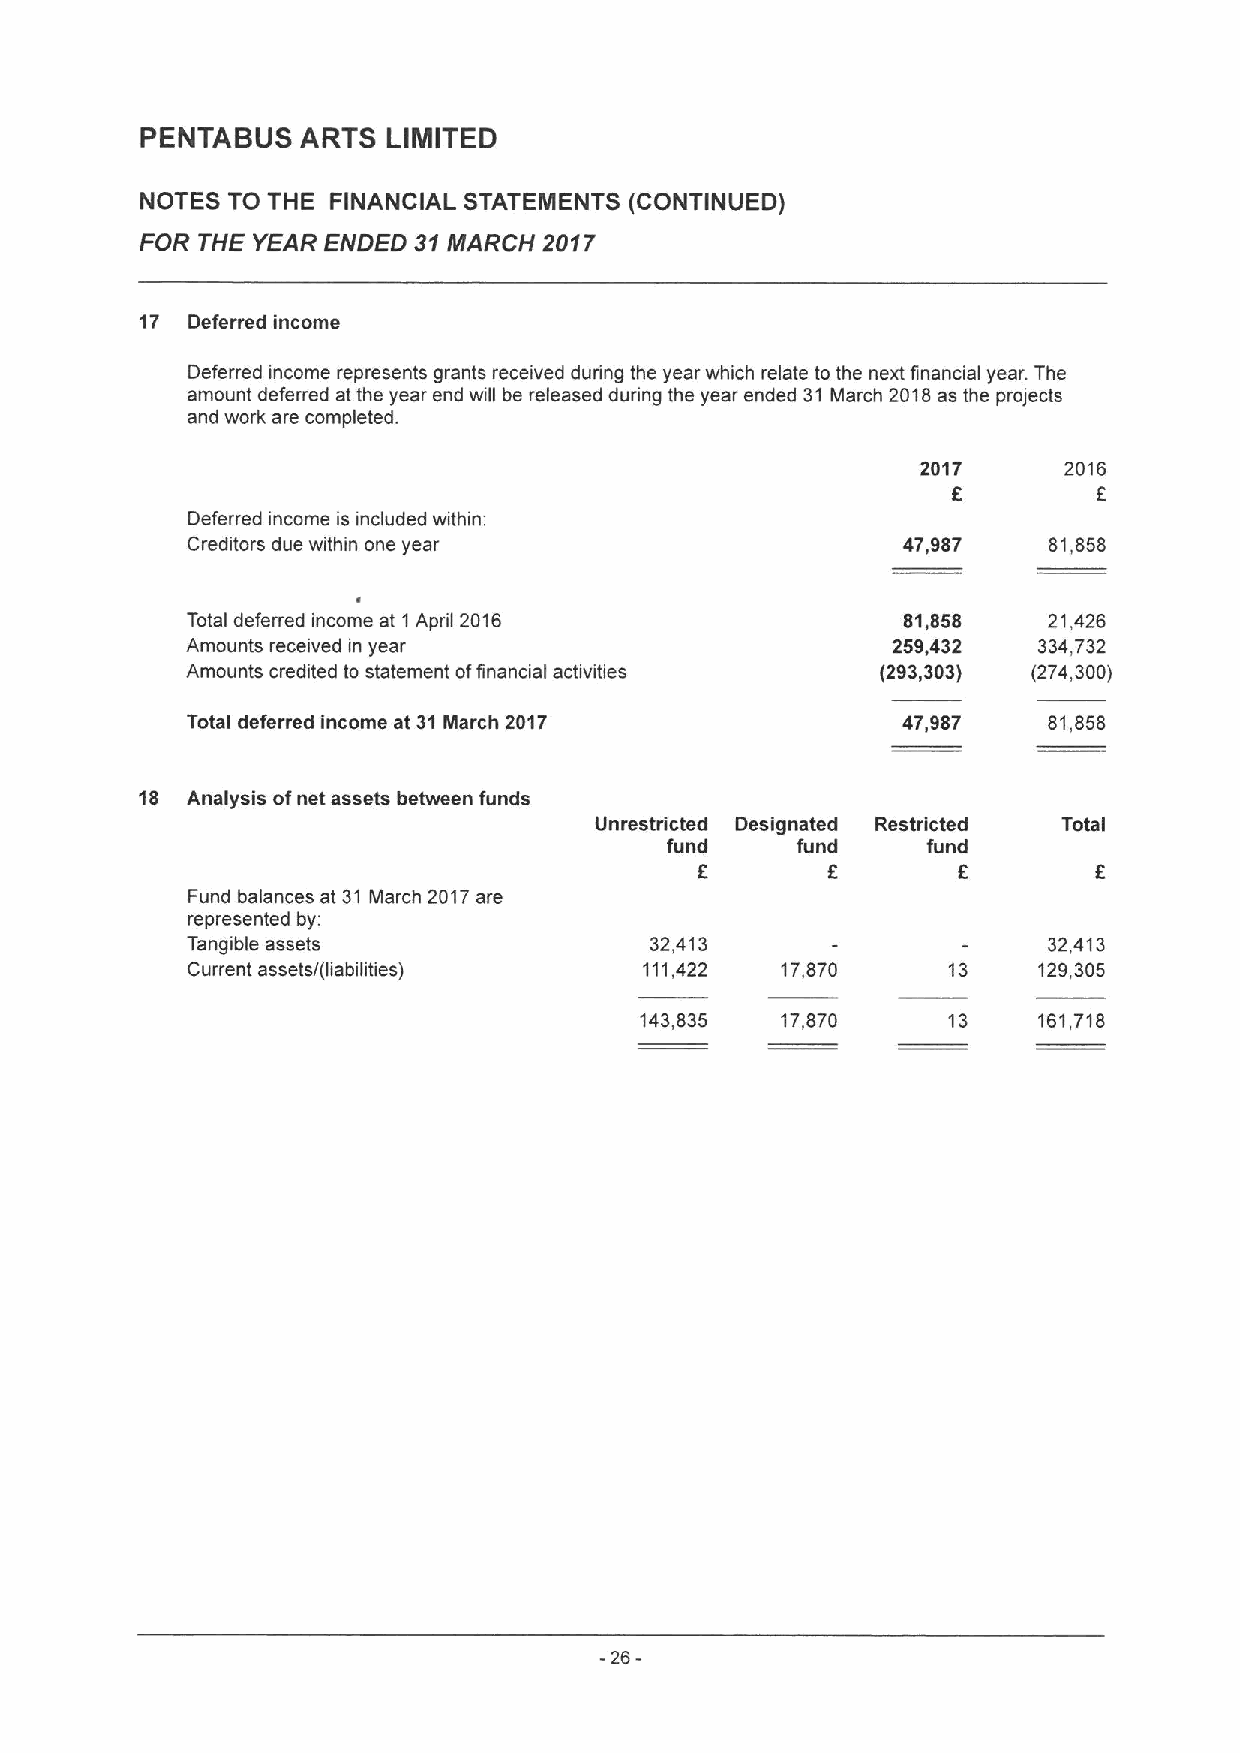
PENTABUS   ARTS  LIMITED
 NOTES TO THE FINANCIAL STATEMENTS (CONTINUED)
 FOR THE YEAR ENDED 31MARCH 2017
 17 Deferred income
 Deferred income represents grants received during the year which relate to the next financial year. The
 amount deferred at the year end will be released during the year ended 31March 2018as the projects
 and work are completed.
 2017     2016
 8         F
 Deferred income is included within:
 Creditors due within one year                   47,987   81,858
 Total deferred income at 1April 2016            81,858   21,426
 Amounts received in year                       259,432   334,732
 Amounts credited to statement offinancial activities (293,303) (274,300)
 Total deferred income at 31March 2017           47,987   81,858
 18 Analysis ofnet assets between funds
 Unrestricted Designated Restricted Total
 fund     fund    fund
 F        8
 Fund balances at 31 March 2017are
 represented by:
 Tangible assets                32,413                    32,413
 Current assets/(liabilities)   111,422  17,870     13    129,305
 143,835   17,870     13    161,718
 -26-